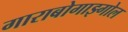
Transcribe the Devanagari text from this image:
गाराबोगाझ्गोल